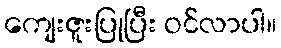
ကျေးဇူးပြုပြီး ဝင်လာပါ။